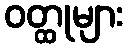
ဝတ္ထုများ